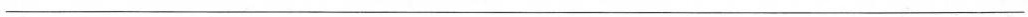
___